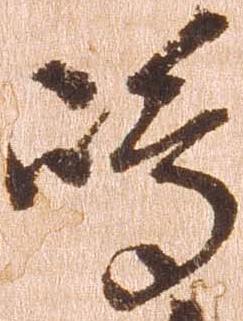
嶋